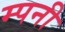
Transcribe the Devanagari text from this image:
म्पनी